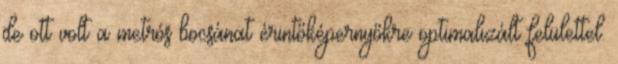
de ott volt a metrós bocsánat érintőképernyőkre optimalizált felülettel.